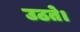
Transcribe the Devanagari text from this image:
उठते।